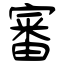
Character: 審